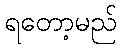
ရတော့မည်